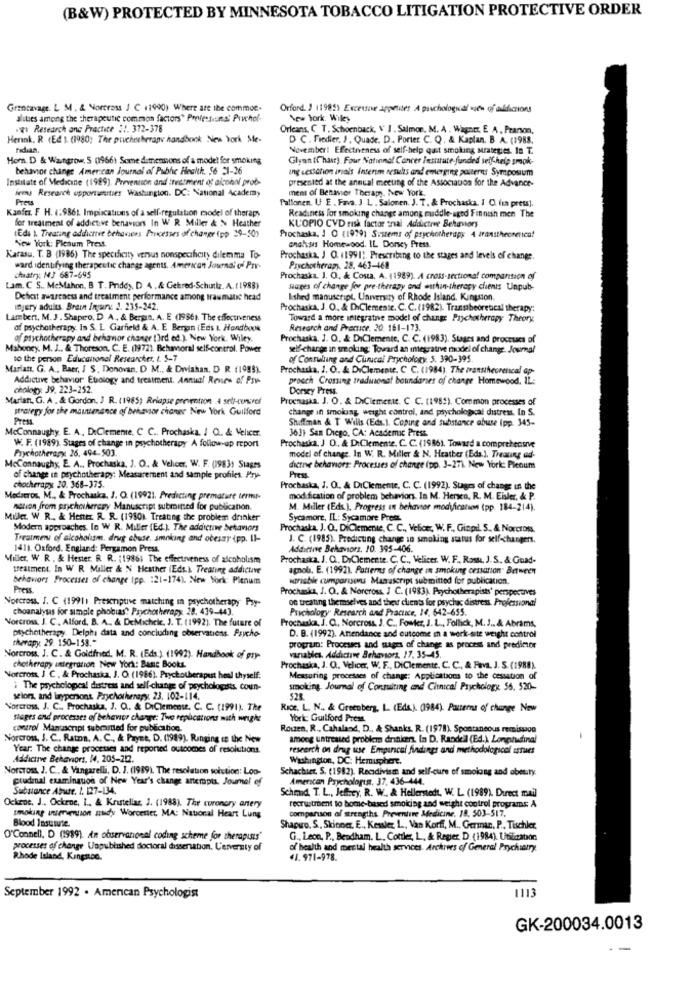
(B&W) PROTECTED BY MINNESOTA TOBACCO LITIGATION PROTECTIVE ORDER
Grantavage. L M . & Norcross J C (1990) Where are the commoe.
Orford. ) (1985) Excessive apprises A paschological view of addictions
alities among the therapeutic common factors" Professions Prvchol-
New York. Wiley
.gr Research and Practice !!. 372-378
Orleans, C T. Schoenback, V' J. Salmon. M. A . Winner, E A . Pearson,
Hennk. R (Ed 1. (1980; The pouchesherapy handbook New York, Me-
D C . Fredier. J. Quade. D. Porter C. Q. & Kaplan. B A. (1988.
November: Effectiveness of self-help quit smoking Mrategies. In T.
Horn. D & WWangrow. 5 (1966) Some dimensions of a model for smoking
Glynn (Chant) Four National Cancer Institute funded self-help smok-
behavior change American Journal of Pubhe Health. 56 21-26
ang Lesschon inals Interem results and emerging posterns Symposium
Institute of Medicine (1989). Prevention and thec'ment of alcohol prob-
presented at the annual meeting of the Association for the Advance-
jemy Research opportunities Wastunglon. DC: National Academy
ment of Behavior Therapy, New York.
Press
Pallonen. U E . Fava. J L . Salonen. J. T. & Prochaska, I C. (in press].
Kanfer. F H. (:9861. Implications of a self-regulation model of theraps
for treatment of addictive benaviors In W R Miller & N Heather
Readiness for smoking change among middle-aged Finnish men The
Eds ). Treating addictive behaviors Processes of change (pp 29-30)
KUOPIO CVD risk factor onal Addictive Behaviors
New York: Plenum Press.
Prochaska, I O (1979) Sistema of psychotherapy 4 dranstheoretical
cnahss Homewood. IL Dorsey Press.
Karasu. T. B (1985) The specificity versus nonspecificity dilemma To-
Prochaska, J O. 11991). Prescribing to the stages and levels of change.
ward identifying therapeutic change agents. American Journal of Prr-
Psychotherapy, 28. 463-468
chiatry: MJ 687-695
Prochaska. J. O. & Cona, A. (1989). A cross-sectional comparison of
Lam. C S .. McMahon, B T. Priddy. D 4 . & Gekred-Schulz. A. (1988)
suages of change for pre-therapy and wuhan-therapy clients Unpub-
Deficit awareness and treatment performance among traumatic head
Ished manuscript, University of Rhode Island. Kingston.
Injury adults. Brain Injury 2. 235-242.
Prochaska, J. O. & DiClemente. C. C. (1982). Transibeoretical therapy:
Lambert, M. J. Shapiro, D A ., & Beran, A. E (1986). The effectiveness
Toward a more integrative model of change Psychotherapy Theory
af psychotherapy. Is S. L Garfield & A. E Bergin (Eds I. Handbook
Research and Practice. 20. 161-173.
of psychotherapy and behavior chaner [3rd ed.), New York. Wiley.
Prochaska. J. O. & DiClemente, C. C. (1983). Stages and processes of
Mahoney. M. J .. & Thoreson. C. E. (19721. Behavioral self-control. Power
self-charge in smoking: Toward an integrative model of change. Journal
to the person Educational Researcher. L. 5-7
of Consulting and Cunucal Prychology 5. 390-395
Marian. G. A ., Baer, I S. Donovan, D M ., & Drylahan, D R. (1985).
Prochaska, J. O. & DiClemente, C C. (1984). The transtheoretical ap-
Addictive behavior Etiology and treatment. Annual Review of Psy
prooch Crossing traduional boundaries of change Homewood, IL:
chology: 39. 223-252.
Dorsey Press.
Marian. G. A . & Gordon, J R. (1985) Relapse prevention .A seti-tuwref
Proenasia. J. O. & DiClemente. C. C. (1985). Common processes of
strategy for the maintenance of behavior change New York Guilford
change in smolung, weight control, and psychological distress. In S.
Press
Shiffman & T Wilis (Eds.). Coping and Substance abuse (pp. 345-
McConnaughy. E. A. DeClemente, C C ., Prochaska, / Q .. & Velicer.
363) San Diego, CA: Academic Press.
W. F. (1989). Stages of change in psychotherapy A follow-up report
Prochasica, J O. & DiClemente. C. C. (1986). Toward a comprehensive
Prychotherapy. 26, 494-503.
model of change In W. R. Miller & N. Heather (Eds.), Treating ed-
MeConnaughy, E. A .. Prochaska, J. O. & Velicer. W. F. (19831 Stages
dictne behaviors: Processes of change (pp. 3-27). New York: Plenum
of change in psychotherapy: Measurement and sample profics. Pry-
Press
chotherapy 20. 368-375.
Prochaska, J. O .. & DiClemente, C. C. (1992). Stages of change in the
Modacros. M ., & Prochaska, J. O. (19921. Predicting premature termr-
modification of problem behavior. In M. Hersen, R. M. Eisler, & P.
nation from psychotherapy Manuscript submitted for publication.
M. Miller (Eds.), Progress in behavior modification (pp. 184-214).
Miller W R ., & Hester. R. R. (1980). Treating the problem drinker"
Sycamore, IL: Sycamore Press.
Modern approaches. Io W R. Miller (Ed.). The addictive behaviors
Prochaska. J. O. DiClemente, C. C ., Velice, W. F ., Gingil. S ., & Norcross.
Treatment of alcoholism. drug abude, smoking and obeszy (pp. Il-
J. C. (1985). Predicting change in smoking status for self-changers.
1411. Oxford, England: Pergamon Press.
Addictive Behaviors, 10. 395-406.
Miller, W R . & Hester. R. R. : 1986) The effectiveness of alcoholism
Prochaska, J. O. DiClemente. C. C ., Velicer. W. F ., Rost, J. S. & Guad-
treatment. In W R Miller & N Heather iEds.). Treating addictive
agnoli. E. (1992). Patterns of change in smoking cessation" Between
behaviors Processes of change (pp. : 21-174). New York: Plenum
sarisble comparisons Manuscript submitted for publication.
Press.
Prochaska, J. O. & Norcross. J C. (1983). Psychotherapists' perspectives
Vorcross, J. C (19911 Prescriptive matching in psychotherapy Psy-
on treating themselves and their clients for psychac distress. Professional
choanalysis for simple phobias" Psychotherapy. 28. 439-443.
Psychology Research and Practice, 14, 642-655.
Norcross, J. C ., Alford, B. A. & DeMichele, J. T. (1992). The future of
Prochaska, J. C ., Norcross. J. C ., Fowler, J. L ., Follick, M. J .. & Abrams,
psychotherapy. Delphi data and concluding observations. Psycho-
therapy. 29. 150-153."
D. B. (1992). Amendance and outcome in a work-site weight control
program: Processes and stages of change as process and predimor
Norcross. J. C. & Goidfned. M. R. (Eds.). (1992). Handbook of gry-
variables. Addictive Behaviors. 17. 35-45.
chotherapy integration New York: BARE Books.
Prochaska, J. O. Velicer, W. F ., DiClemente. C. C ., & Fava. J. S. (1988).
Norcross, J C. & Prochaska, J. O (1986). Psychotherapist heal thyself:
Measuring processes of change: Application to the cessation of
i The psychological distress and self-change of psychologists, coun-
smoking. Journal of Consulting and Chinical Psychology 55. 520-
selors, and laypersont Prychotherapy. 23. 102-114.
528
Norcross, J. C .. Prochaska, J. O .. & DiClemense. C. C. (1991). The
Rice. L. N .. & Greenberg, L. (Eds.). (1984). Patterns of change Naw
stages and processes of behavior change: Two replications with wright
York: Guilford Press.
control Manuscript subcartted for publication.
Rouen. R ., Cahaland, D ., & Shanks. R. (1978). Spontaneous remission
Norcross, J. C .. Ratna, A. C ., & Payne, D. (1989). Ranging In the New
among untreated problem drinken. In D. Randell (Ed.) Longitudinal
Year. The change processes and reported outcomes of resolutions.
research on drug use Empirical findings and methodological estues
Addictive Behaviors, 14, 205-202.
Washington, DC: Hemisphere.
Norcross, J. C ., & Vangarelli, D. J. (1989). The resolution solution: Loo-
Schachuer. S. (1982). Recidivism and self-cure of smolong and obesity.
crudmal examinquon of New Year's change anterpts. Journal of
American Psychologin. 37. 436-444.
Substance Abuse. 1. 127-134.
Sched, T. L ., Jeffrey, R. W. & Hellerstedt, W. L. (1989). Direct mail
Ockrue, J ., Ockrne, I ., & Kristellar. J. (1988). The coronary artery
recrustrbent to home-based smoking and weight control programs A
smoking unseretion audy Worcester, MA: National Heart Lung
comparison of strengths Preventive Medicine, 18, 503-517.
Blood Insumute
Shapwo, S, Skinner, E ., Kessler L ., Van Korff, M ., German, P .. Tischler,
O'Connell, D (1989). an observational coding scheme for therapuses"
G ., Leon, P ., Bendham. L. Cottler, L, & Regier D. (1984), Utilization
processes of change Unpublished doctoral dissertation, L'enversty of
of health and mental health services. Archives of General Prychiatry
Rhode Island, Kungson.
41. 971-978.
September 1992 . American Psychologist
1113
GK-200034.0013